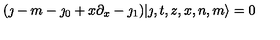
( \jmath - m - \jmath _ { 0 } + x \partial _ { x } - \jmath _ { 1 } ) | \jmath , t , z , x , n , m \rangle = 0